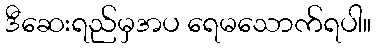
ဒီဆေးရည်မှအပ ရေမသောက်ရပါ။